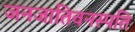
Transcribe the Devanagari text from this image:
जनजातिवनस्पति